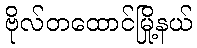
ဗိုလ်တထောင်မြို့နယ်